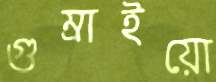
গুম্‌রাইয়ো